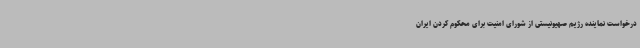
درخواست نماینده رژیم صهیونیستی از شورای امنیت برای محکوم کردن ایران